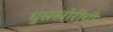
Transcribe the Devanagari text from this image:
घुसखोरीची